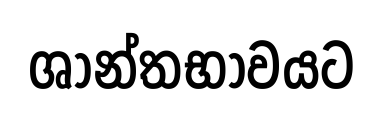
ශාන්තභාවයට